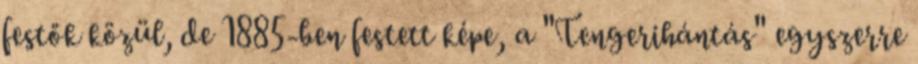
festők közül, de 1885-ben festett képe, a "Tengerihántás" egyszerre